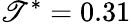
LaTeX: \mathscr{T}^{*}=0.31